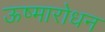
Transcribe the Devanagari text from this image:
ऊष्मारोधन